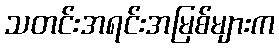
သတင်းအရင်းအမြစ်များက